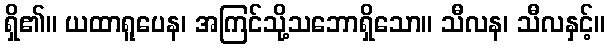
ရှိ၏။ ယထာရူပေန၊ အကြင်သို့သဘောရှိသော။ သီလန၊ သီလနှင့်။